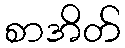
စာအိတ်